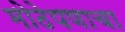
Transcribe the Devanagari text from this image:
मोठेपणाचा